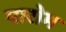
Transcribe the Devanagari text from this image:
पारोम